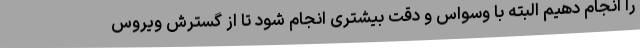
را انجام دهیم البته با وسواس و دقت بیشتری انجام شود تا از گسترش ویروس